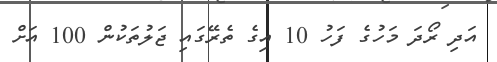
އަދި ރޯދަ މަހުގެ ފަހު 10 އިގެ ތެރޭގައި ޖަލުތަކުން 100 އަށް